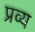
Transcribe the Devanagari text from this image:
प्रव्य